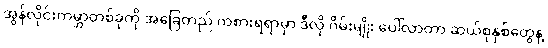
အွန်လိုင်းကမ္ဘာတစ်ခုကို အခြေတည် ကစားရရာမှာ ဒီလို ဂိမ်းမျိုး ပေါ်လာတာ ဆယ်စုနှစ်တွေနဲ့